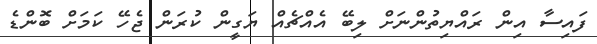
ފައިސާ އިން ރައްޔިތުންނަށް ލިބޭ އެއްޗެއް ޔަގީން ކުރަން ޖެހޭ ކަމަށް ބޮންޑެ